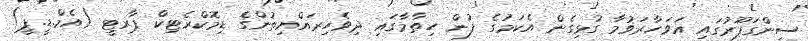
ސިންގަޕޫރުގައި އަވަހާރަވުމާ ގުޅިގެން އެކަމުގެ ފުން ހިތާމާގައި ދިވެހިރައްޔިތުންގެ ޑިމޮކްރެޓިކް ޕާރޓީ (އެމް.ޑީ.ޕީ)